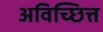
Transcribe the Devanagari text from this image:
अविच्छित्त